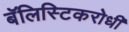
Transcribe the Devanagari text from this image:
बॅलिस्टिकरोधी